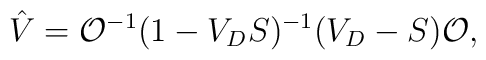
\hat V ={\cal O}^{-1}(1-V_DS)^{-1}(V_D-S){\cal O},